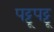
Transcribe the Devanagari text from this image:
पट्टूपट्टू